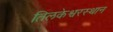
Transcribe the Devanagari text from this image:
तिलकेश्वरस्थान